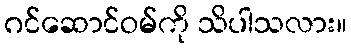
ဂင်ဆောင်ဝမ်ကို သိပါသလား။